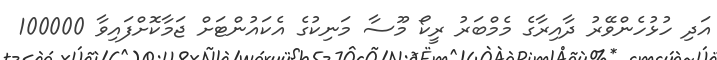
އަދި ހުޅުހެންވޭރު ދާއިރާގެ މެމްބަރު ރީކޯ މޫސާ މަނިކުގެ އެކައުންޓަށް ޖަމާކޮށްފައިވާ 100000